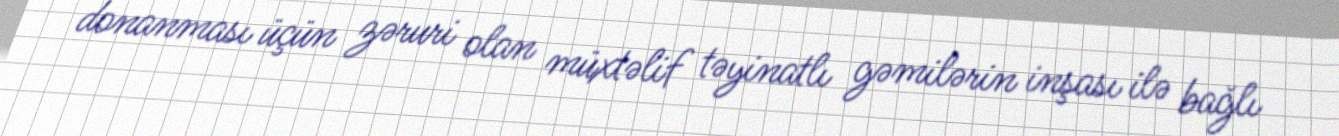
donanması üçün zəruri olan müxtəlif təyinatlı gəmilərin inşası ilə bağlı